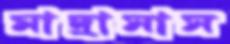
মাদ্রাসাস